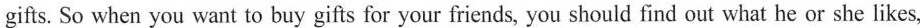
gifts. So when you want to buy gifts for your friends, you should find out what he or she likes,